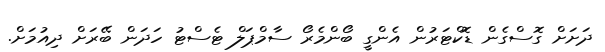
ދަށަށް ގޮސްގެން ޑޮކްޓަރުން އެންގީ ބޯންމެރޯ ސާމްޕަލް ޓެސްޓު ހަދަން ބޭރަށް ދިއުމަށް.